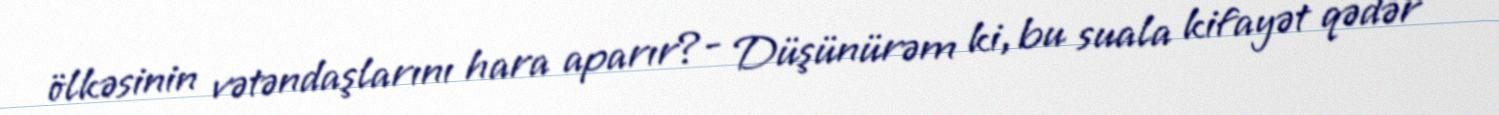
ölkəsinin vətəndaşlarını hara aparır?- Düşünürəm ki, bu suala kifayət qədər